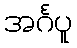
အင်္ဂပူ